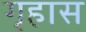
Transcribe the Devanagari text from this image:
गृहास